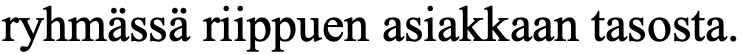
ryhmässä riippuen asiakkaan tasosta.